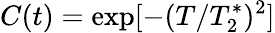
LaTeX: C(t)=\exp[-(T/T_{2}^{*})^{2}]